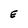
Character: E